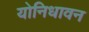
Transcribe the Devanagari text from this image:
योनिधावन